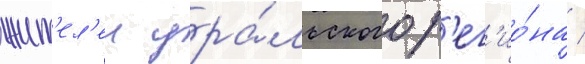
жит'ел'еи ура́льского р'ег'ио́на /